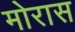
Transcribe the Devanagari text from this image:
मोरास